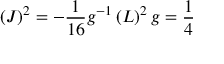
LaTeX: \left( J \right) ^ { 2 } = - \frac { 1 } { 1 6 } g ^ { - 1 } \left( L \right) ^ { 2 } g = \frac { 1 } { 4 }